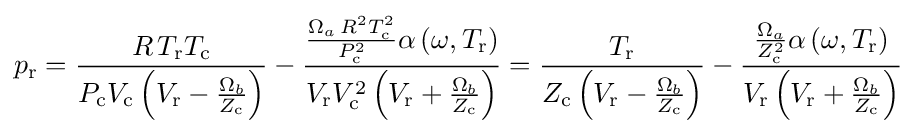
p_{\text{r}}={\frac {R\,T_{\text{r}}T_{\text{c}}}{P_{\text{c}}V_{\text{c}}\left(V_{\text{r}}-{\frac {\Omega _{b}}{Z_{\text{c}}}}\right)}}-{\frac {{\frac {\Omega _{a}\,R^{2}T_{\text{c}}^{2}}{P_{\text{c}}^{2}}}\alpha \left(\omega ,T_{\text{r}}\right)}{V_{\text{r}}V_{\text{c}}^{2}\left(V_{\text{r}}+{\frac {\Omega _{b}}{Z_{\text{c}}}}\right)}}={\frac {T_{\text{r}}}{Z_{\text{c}}\left(V_{\text{r}}-{\frac {\Omega _{b}}{Z_{\text{c}}}}\right)}}-{\frac {{\frac {\Omega _{a}}{Z_{\text{c}}^{2}}}\alpha \left(\omega ,T_{\text{r}}\right)}{V_{\text{r}}\left(V_{\text{r}}+{\frac {\Omega _{b}}{Z_{\text{c}}}}\right)}}